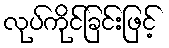
လုပ်ကိုင်ခြင်းဖြင့်